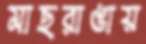
মাছরাঙায়